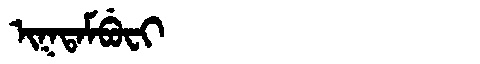
Manchu: ᡳᡴᡨᠠᠮᠪᡠᠸᡳ
Romanization: IKTAMBUFI